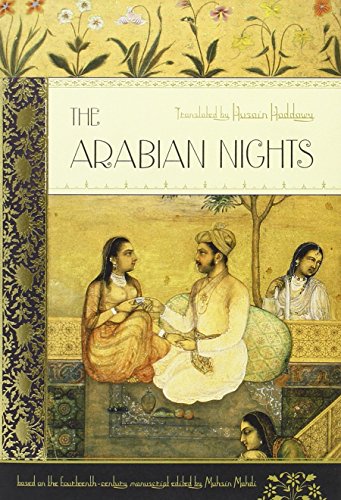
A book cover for The Arabian Nights (New Deluxe Edition); Literature & Fiction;